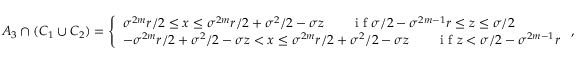
\begin{array} { r } { A _ { 3 } \cap ( C _ { 1 } \cup C _ { 2 } ) = \left\{ \begin{array} { l l } { \sigma ^ { 2 m } r / 2 \leq x \leq \sigma ^ { 2 m } r / 2 + \sigma ^ { 2 } / 2 - \sigma z \qquad \textrm { i f } \sigma / 2 - \sigma ^ { 2 m - 1 } r \leq z \leq \sigma / 2 } \\ { - \sigma ^ { 2 m } r / 2 + \sigma ^ { 2 } / 2 - \sigma z < x \leq \sigma ^ { 2 m } r / 2 + \sigma ^ { 2 } / 2 - \sigma z \qquad \textrm { i f } z < \sigma / 2 - \sigma ^ { 2 m - 1 } r } \end{array} \right. , } \end{array}